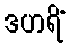
ဒဟရိံ